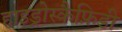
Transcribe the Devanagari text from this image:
हाइड्रोस्कैफ़िडी